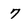
Character: 7